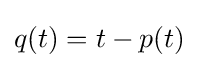
q(t)=t-p(t)